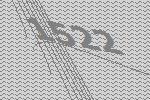
1522